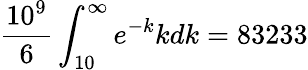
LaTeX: \frac{10^{9}}{6}\int_{10}^{\infty}e^{-k}kdk=83233